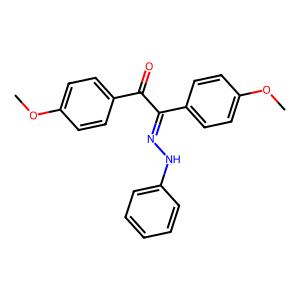
SMILES: COc1ccc(C(=O)C(=NNc2ccccc2)c2ccc(OC)cc2)cc1
Inhibits HIV replication: No